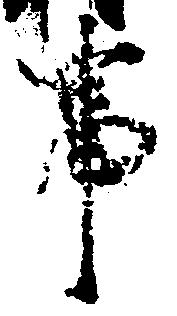
事